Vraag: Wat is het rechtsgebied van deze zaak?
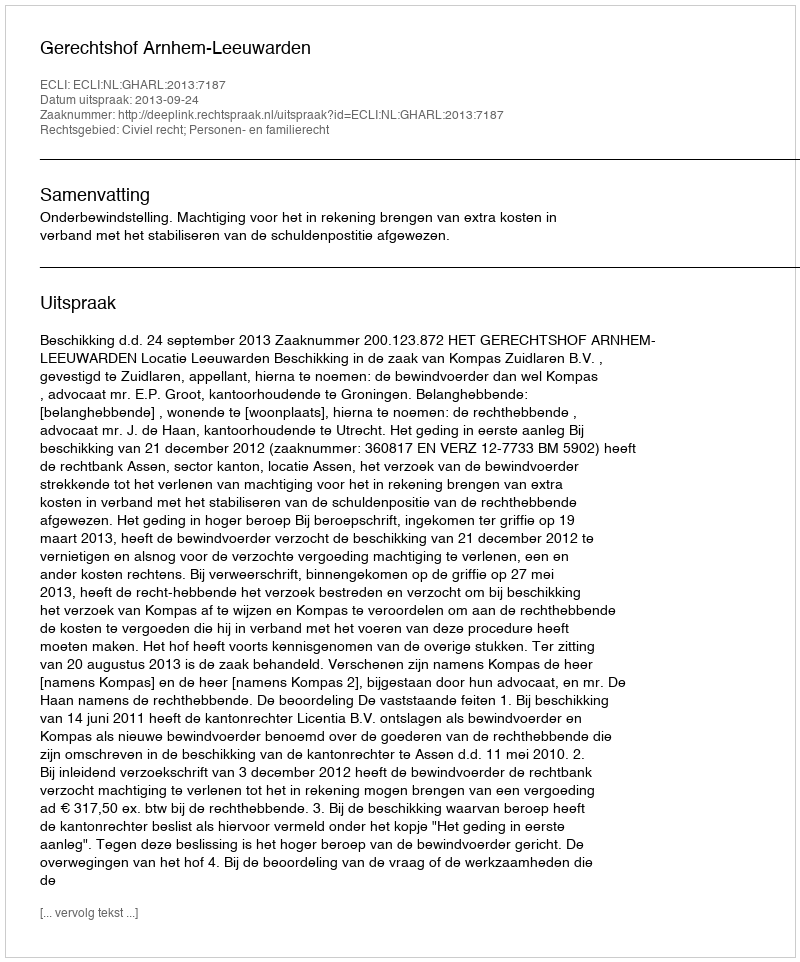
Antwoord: Civiel recht; Personen- en familierecht